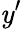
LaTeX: \mathit{y}^{\prime}